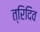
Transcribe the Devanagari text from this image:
त्रिदिव